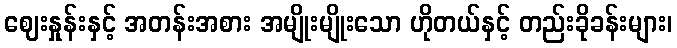
ဈေးနှုန်းနှင့် အတန်းအစား အမျိုးမျိုးသော ဟိုတယ်နှင့် တည်းခိုခန်းများ၊